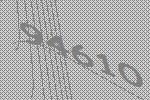
94610